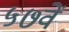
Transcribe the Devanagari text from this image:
५७वें